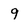
Character: 9